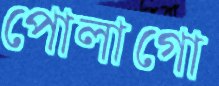
পোলাগো